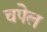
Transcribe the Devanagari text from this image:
चपेल